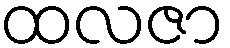
ထလဇာ